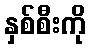
နှစ်စီးကို